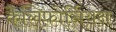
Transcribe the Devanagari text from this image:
कैलिफ़ोर्नियन